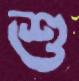
শু